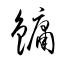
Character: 鏞